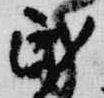
民